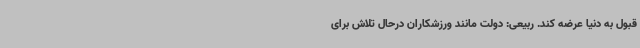
قبول به دنیا عرضه کند. ربیعی: دولت مانند ورزشکاران درحال تلاش برای